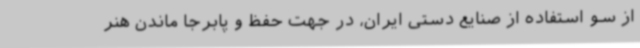
از سو استفاده از صنایع دستی ایران، در جهت حفظ و پابرجا ماندن هنر